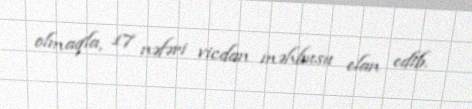
olmaqla, 17 nəfəri vicdan məhbusu elan edib.